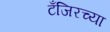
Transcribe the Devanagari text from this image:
टँजिरच्या